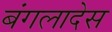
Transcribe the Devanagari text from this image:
बंगलादेस